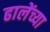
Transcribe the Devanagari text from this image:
ढालेंच्या